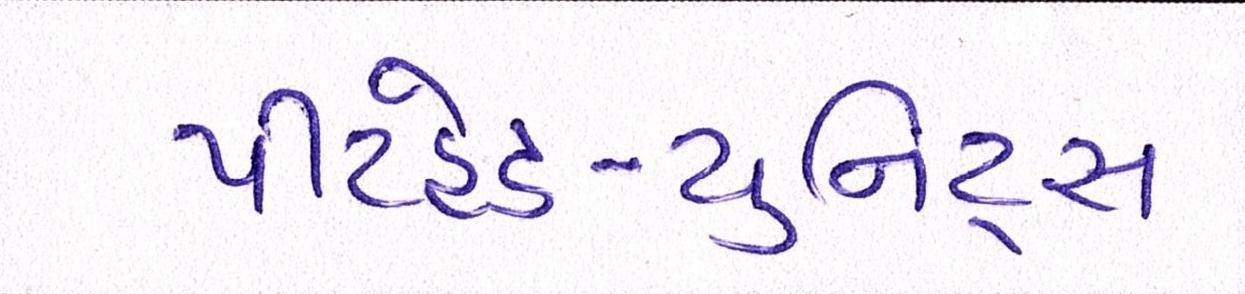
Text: પીટહેડ-યુનિટ્સ